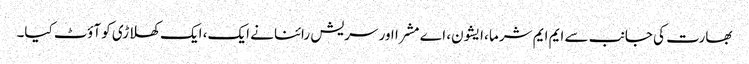
بھارت کی جانب سے ایم ایم شرما ،ایشون، اے مشرا اور سریش رائنا نے ایک، ایک کھلاڑی کو آؤٹ کیا۔